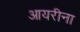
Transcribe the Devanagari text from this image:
आयरीना